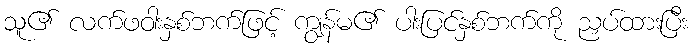
သူ၏ လက်ဖဝါးနှစ်ဘက်ဖြင့် ကျွန်မ၏ ပါးပြင်နှစ်ဘက်ကို ညှပ်ထားပြီး